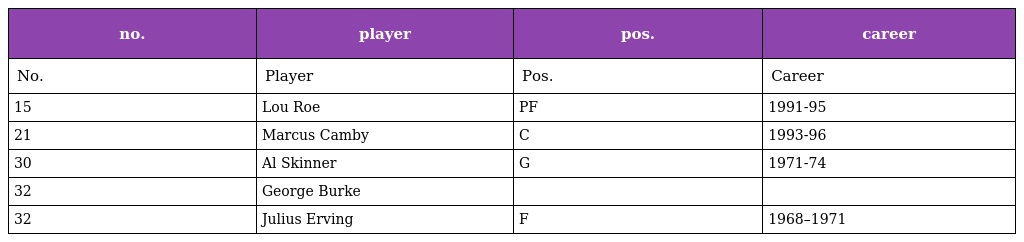
| no. | player | pos. | career |
 | --- | --- | --- | --- |
 | No. | Player | Pos. | Career |
 | 15 | Lou Roe | PF | 1991-95 |
 | 21 | Marcus Camby | C | 1993-96 |
 | 30 | Al Skinner | G | 1971-74 |
 | 32 | George Burke |  |  |
 | 32 | Julius Erving | F | 1968–1971 |